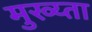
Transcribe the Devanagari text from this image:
मुख्य्ता